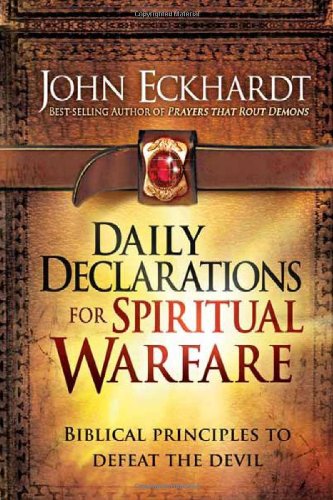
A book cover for Daily Declarations for Spiritual Warfare: Biblical Principles to Defeat the Devil; John Eckhardt; Christian Books & Bibles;